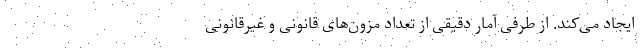
ایجاد می‌کند. از طرفی آمار دقیقی از تعداد مزون‌های قانونی و غیرقانونی